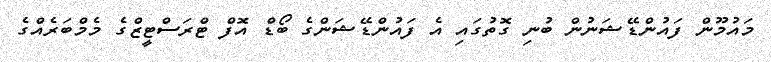
މައުމޫން ފައުންޑޭޝަނުން ބުނި ގޮތުގައި އެ ފައުންޑޭޝަންގެ ބޯޑް އޮފް ޓްރަސްޓީޒްގެ މެމްބަރެއްގެ